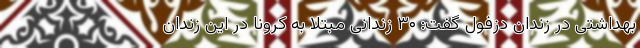
بهداشتی در زندان‌ دزفول گفت: ۳۰ زندانی مبتلا به کرونا در این زندان